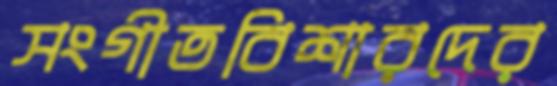
সংগীতবিশারদের